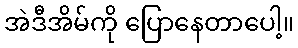
အဲဒီအိမ်ကို ပြောနေတာပေါ့။